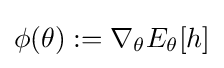
\phi (\theta ):=\nabla _{\theta }E_{\theta }[h]